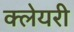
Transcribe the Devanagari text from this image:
क्लेयरी